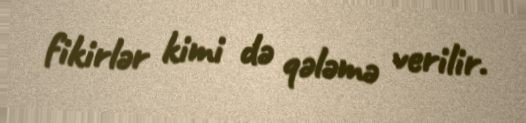
fikirlər kimi də qələmə verilir.